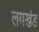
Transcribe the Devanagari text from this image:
लयखंड